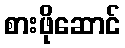
စားဖိုဆောင်